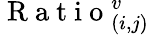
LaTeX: \mathrm{~R~a~t~i~o~}_{(i,j)}^{v}